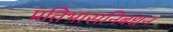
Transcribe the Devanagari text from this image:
प्रतिभासनिबंधन